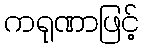
ကရုဏာဖြင့်